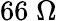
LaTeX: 66\; \Omega